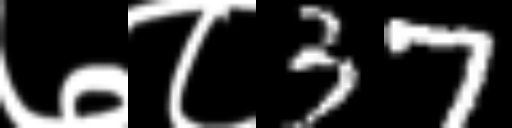
Text: ७८37